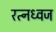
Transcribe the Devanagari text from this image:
रत्नध्वज